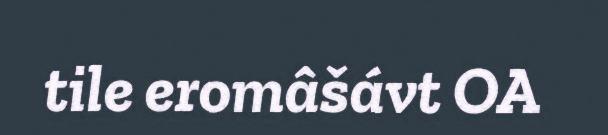
tile eromâšávt OA